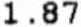
1.87